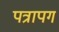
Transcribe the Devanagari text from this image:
पत्रापग